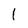
Character: 1